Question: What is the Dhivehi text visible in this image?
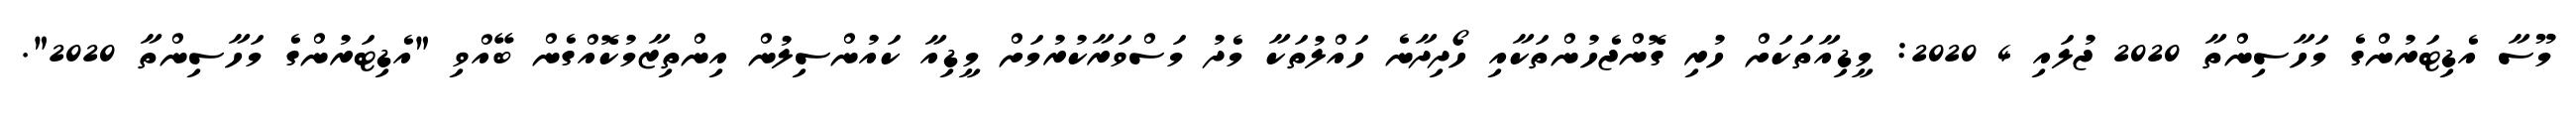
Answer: މޫސާ އެޑިޓަރުންގެ މަހާސިންތާ 2020 ޖުލައި 4 2020: މީޑިއާތަކަށް ހުރި ގޮންޖެހުންތަކާއި ހޯދިދާނެ ހައްލުތަކާ މެދު މަސްވަރާކުރުމަށް މީޑިއާ ކައުންސިލުން އިންތިޒާމުކޮއްގެން ބޭއްވި "އެޑިޓަރުންގެ މަހާސިންތާ 2020".